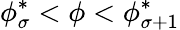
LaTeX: \phi_{\sigma}^{*}<\phi<\phi_{\sigma+1}^{*}